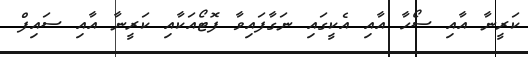
ކަރީނާ އާއި ސޯހާ އާއި އެކީގައި ނަގާފައިވާ ފޮޓޯއަކާއި ކަރީނާ އާއި ސައިފް